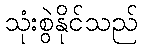
သုံးစွဲနိုင်သည်